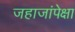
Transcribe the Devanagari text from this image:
जहाजांपेक्षा